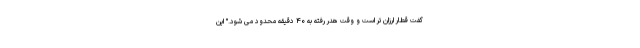
گفت قطار ارزان تر است و وقت هدر رفته به ۴۰ دقیقه محدود می شود." این